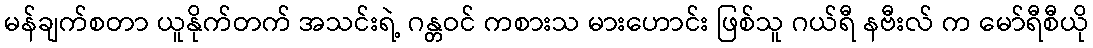
မန်ချက်စတာ ယူနိုက်တက် အသင်းရဲ့ ဂန္တဝင် ကစားသ မားဟောင်း ဖြစ်သူ ဂယ်ရီ နဗီးလ် က မော်ရီစီယို